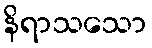
နိရာသသော